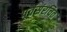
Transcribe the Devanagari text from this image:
पूर्वसंरचित